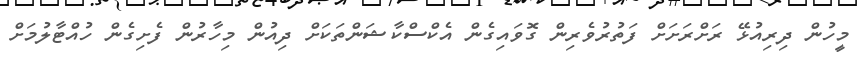
މީހުން ދިރިއުޅޭ ރަށްރަށަށް ފަތުރުވެރިން ގޮވައިގެން އެކްސްކާޝަންތަކަށް ދިއުން މިހާރުން ފެށިގެން ހުއްޓާލުމަށް